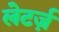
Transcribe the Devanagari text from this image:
लेटर्ज़